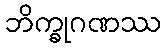
ဘိက္ခုဂဏဿ